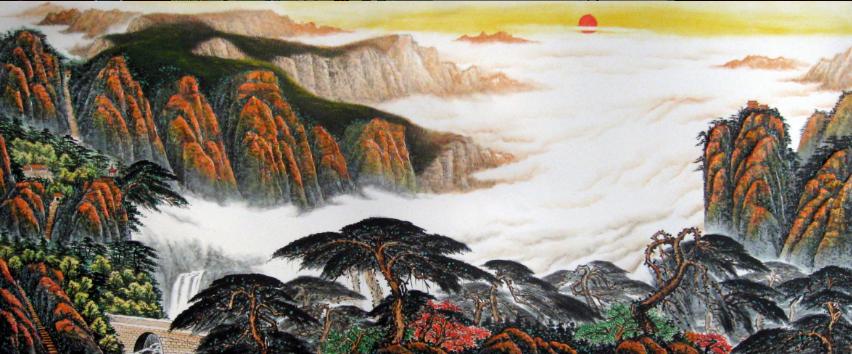
两岸桃花烘日出，四围高柳到天垂。一尊心事百年期。